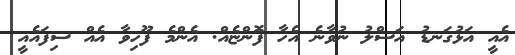
އެއީ އަޅުގަނޑު އަސްލު ނުވާނެ އެހާ ފޮންޏެއް. އެންމެ ފޫހިވާ އެއް ސިފައެއީ